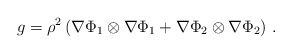
\begin{align*} g = \rho^2\left(\nabla\Phi_1\otimes\nabla\Phi_1+\nabla\Phi_2\otimes\nabla\Phi_2\right)\, . \end{align*}